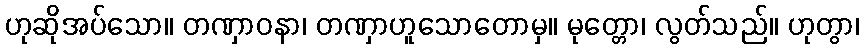
ဟုဆိုအပ်သော။ တဏှာဝနာ၊ တဏှာဟူသောတောမှ။ မုတ္တော၊ လွတ်သည်။ ဟုတွာ၊